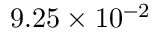
9 . 2 5 \times 1 0 ^ { - 2 }